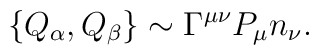
\{Q_\alpha,Q_\beta\}\sim \Gamma^{\mu\nu}P_\mu n_\nu.